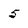
Character: 5